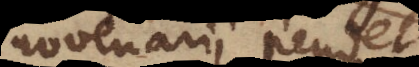
novenarii pendet